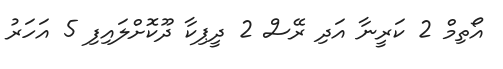
އޯތިމް 2 ކަރީނާ އަދި ރޭސް 2 ދީޕިކާ ދޫކޮށްލައިފި 5 އަހަރު